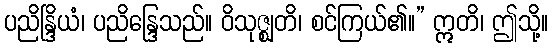
ပညိန္ဒြိယံ၊ ပညိန္ဒြေသည်။ ဝိသုဇ္ဈတိ၊ စင်ကြယ်၏။” ဣတိ၊ ဤသို့။